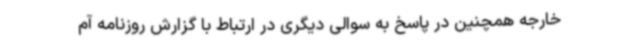
خارجه همچنین در پاسخ به سوالی دیگری در ارتباط با گزارش روزنامه آم